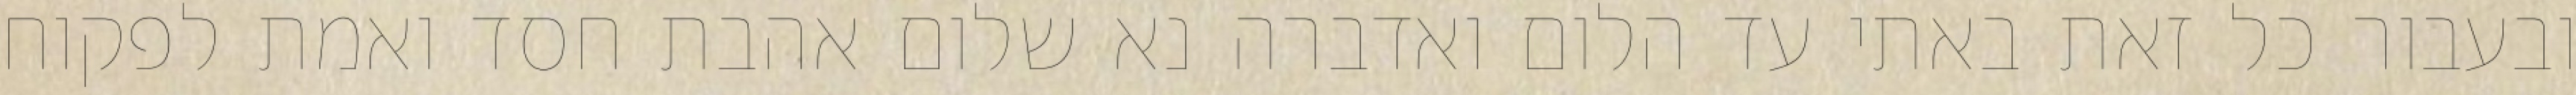
ובעבור כל זאת באתי עד הלום ואדברה נא שלום אהבת חסד ואמת לפקוח